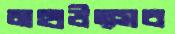
মহাউত্সব